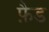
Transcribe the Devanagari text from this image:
फ़ैड